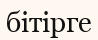
бітірге